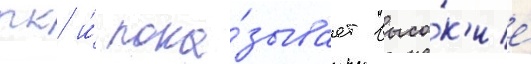
пк и́ пока́зывает высо́к'ие